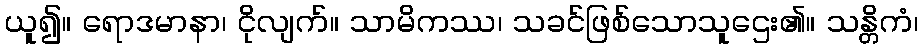
ယူ၍။ ရောဒမာနာ၊ ငိုလျက်။ သာမိကဿ၊ သခင်ဖြစ်သောသူဌေး၏။ သန္တိကံ၊